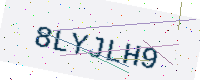
Text: 8LYJLH9